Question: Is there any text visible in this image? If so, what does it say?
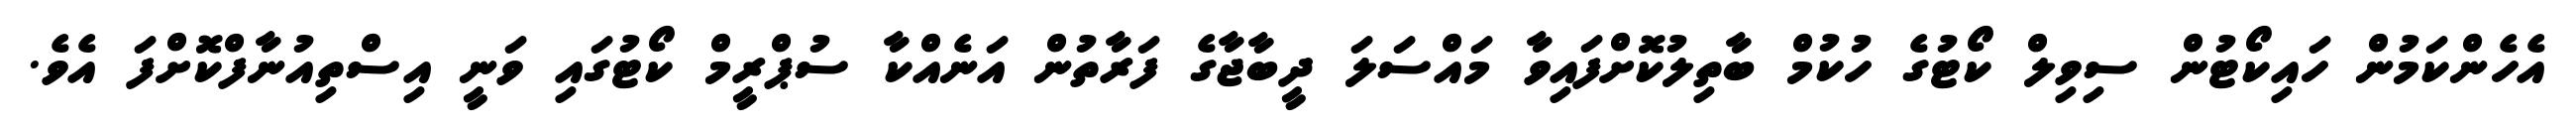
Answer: އެހެންކަމުން ހައިކޯޓުން ސިވިލް ކޯޓުގެ ހުކުމް ބާތިލުކޮށްފައިވާ މައްސަލަ ދީބާޖާގެ ފަރާތުން އަނެއްކާ ސުޕްރީމް ކޯޓުގައި ވަނީ އިސްތިއުނާފްކޮށްފަ އެވެ.